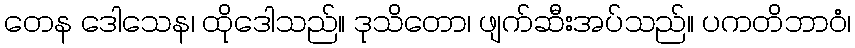
တေန ဒေါသေန၊ ထိုဒေါသည်။ ဒုသိတော၊ ဖျက်ဆီးအပ်သည်။ ပကတိဘာဝံ၊